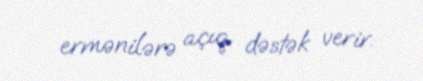
ermənilərə açıq dəstək verir.